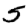
Digit: 5